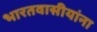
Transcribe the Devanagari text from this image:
भारतवासीयांना